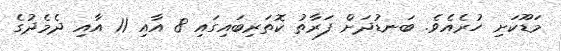
މަޑޫކަށި ހުރެއެވެ. ބަނޑުދަށް ފަރާތު ކޮތަރިބައިގައި 8 އާއި 11 އާއި ދެމެދުގެ